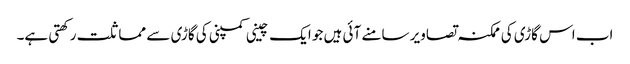
اب اس گاڑی کی ممکنہ تصاویر سامنے آئی ہیں جو ایک چینی کمپنی کی گاڑی سے مماثلت رکھتی ہے۔